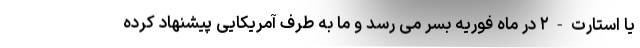
یا استارت-۲ در ماه فوریه بسر می رسد و ما به طرف آمریکایی پیشنهاد کرده